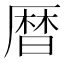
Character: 暦